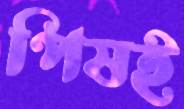
পিষই